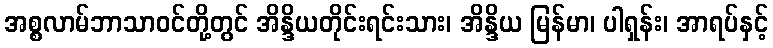
အစ္စလာမ်ဘာသာဝင်တို့တွင် အိန္ဒိယတိုင်းရင်းသား၊ အိန္ဒိယ မြန်မာ၊ ပါရှန်း၊ အာရပ်နှင့်